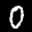
Label: 0